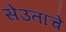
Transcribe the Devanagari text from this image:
सेउताचे